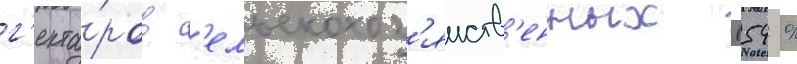
г'екта́ров с'ельскохоз'яиств'енных (54 %